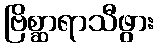
ဗြိစ္ဆာရာသီဖွား